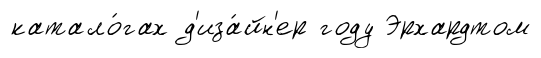
катало́гах д'иза́йн'ер году Эрхардтом